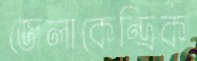
জেলাকেন্দ্রিক